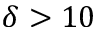
\delta > 1 0